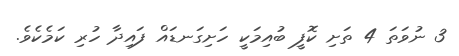
3 ނުވަތަ 4 ތަށި ކޮފީ ބުއިމަކީ ހަށިގަނޑައް ފައިދާ ހުރި ކަމެކެވެ.